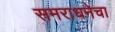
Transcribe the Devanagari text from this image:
समराधनेचा